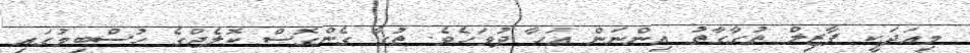
މިއަދަކީ ފާޒިލް ތުގާގާތު އިންނަން އަހާ ދުވަހެވެ. ތުގާ ގެންގޮސް ކޮލެޖްގެ ހުސްބިމުގައި